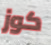
كوز